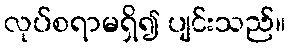
လုပ်စရာမရှိ၍ ပျင်းသည်။